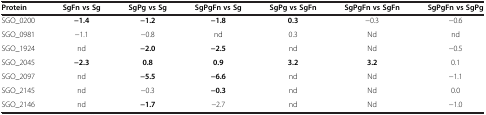
| Protein | SgFn vs Sg | SgPg vs Sg | SgPgFn vs Sg | SgPg vs SgFn | SgPgFn vs SgFn | SgPgFn vs SgPg |
 | --- | --- | --- | --- | --- | --- | --- |
 | SGO_0200 | −1.4 | −1.2 | −1.8 | 0.3 | −0.3 | −0.6 |
 | SGO_0981 | −1.1 | −0.8 | nd | 0.3 | Nd | nd |
 | SGO_1924 | nd | −2.0 | −2.5 | nd | Nd | −0.5 |
 | SGO_2045 | −2.3 | 0.8 | 0.9 | 3.2 | 3.2 | 0.1 |
 | SGO_2097 | nd | −5.5 | −6.6 | nd | Nd | −1.1 |
 | SGO_2145 | nd | −0.3 | −0.3 | nd | Nd | 0.0 |
 | SGO_2146 | nd | −1.7 | −2.7 | nd | Nd | −1.0 |